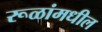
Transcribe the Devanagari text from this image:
रूळांमधील